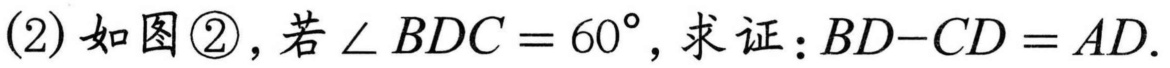
(2) 如图\textcircled{2}，若\(\angle BDC = 60^{\circ}\)，求证：\(BD - CD = AD\).